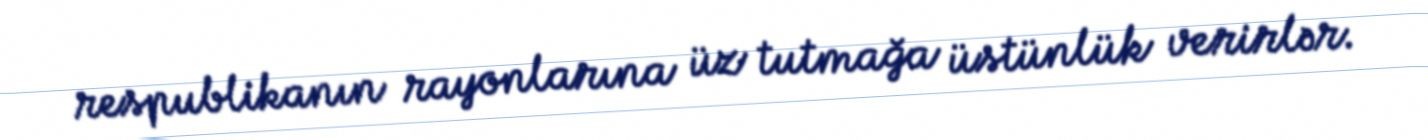
respublikanın rayonlarına üz tutmağa üstünlük verirlər.